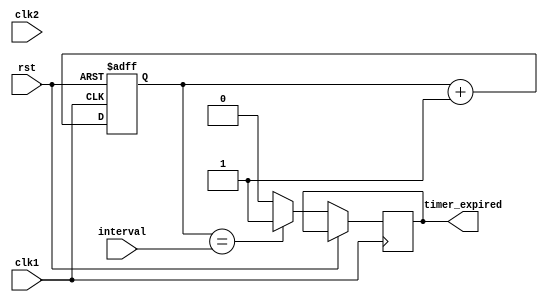
module Interval_Timer (
  input wire clk1, // Clock signal for control block
  input wire clk2, // Clock signal for synchronization block
  input wire rst, // Reset signal
  input wire interval, // Predefined time interval
  output reg timer_expired // Output signal indicating interval expired
);

reg [31:0] counter; // Counter to keep track of elapsed time intervals

// Control block process
always @(posedge clk1 or posedge rst) begin
  if (rst) begin
    counter <= 0;
  end else begin
    counter <= counter + 1;
    if (counter == interval) begin
      timer_expired <= 1;
    end else begin
      timer_expired <= 0;
    end
  end
end

// Synchronization block process
always @(posedge clk2 or posedge rst) begin
  if (rst) begin
    // Reset synchronization logic
  end else begin
    // Synchronize signals between clock domains using flip-flops
  end
end

endmodule